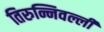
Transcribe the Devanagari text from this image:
तिरुन्निवल्ली